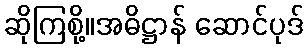
ဆိုကြစို့။အဓိဋ္ဌာန် ဆောင်ပုဒ်